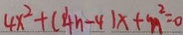
4 x ^ { 2 } + ( 4 n - 4 ) x + n ^ { 2 } = 0